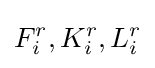
F_{i}^{r},K_{i}^{r},L_{i}^{r}